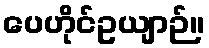
ပေဟိုင်ဥယျာဉ်။